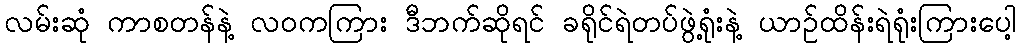
လမ်းဆုံ ကာစတန်နဲ့ လဝကကြား ဒီဘက်ဆိုရင် ခရိုင်ရဲတပ်ဖွဲ့ရုံးနဲ့ ယာဉ်ထိန်းရဲရုံးကြားပေါ့